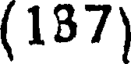
(187)